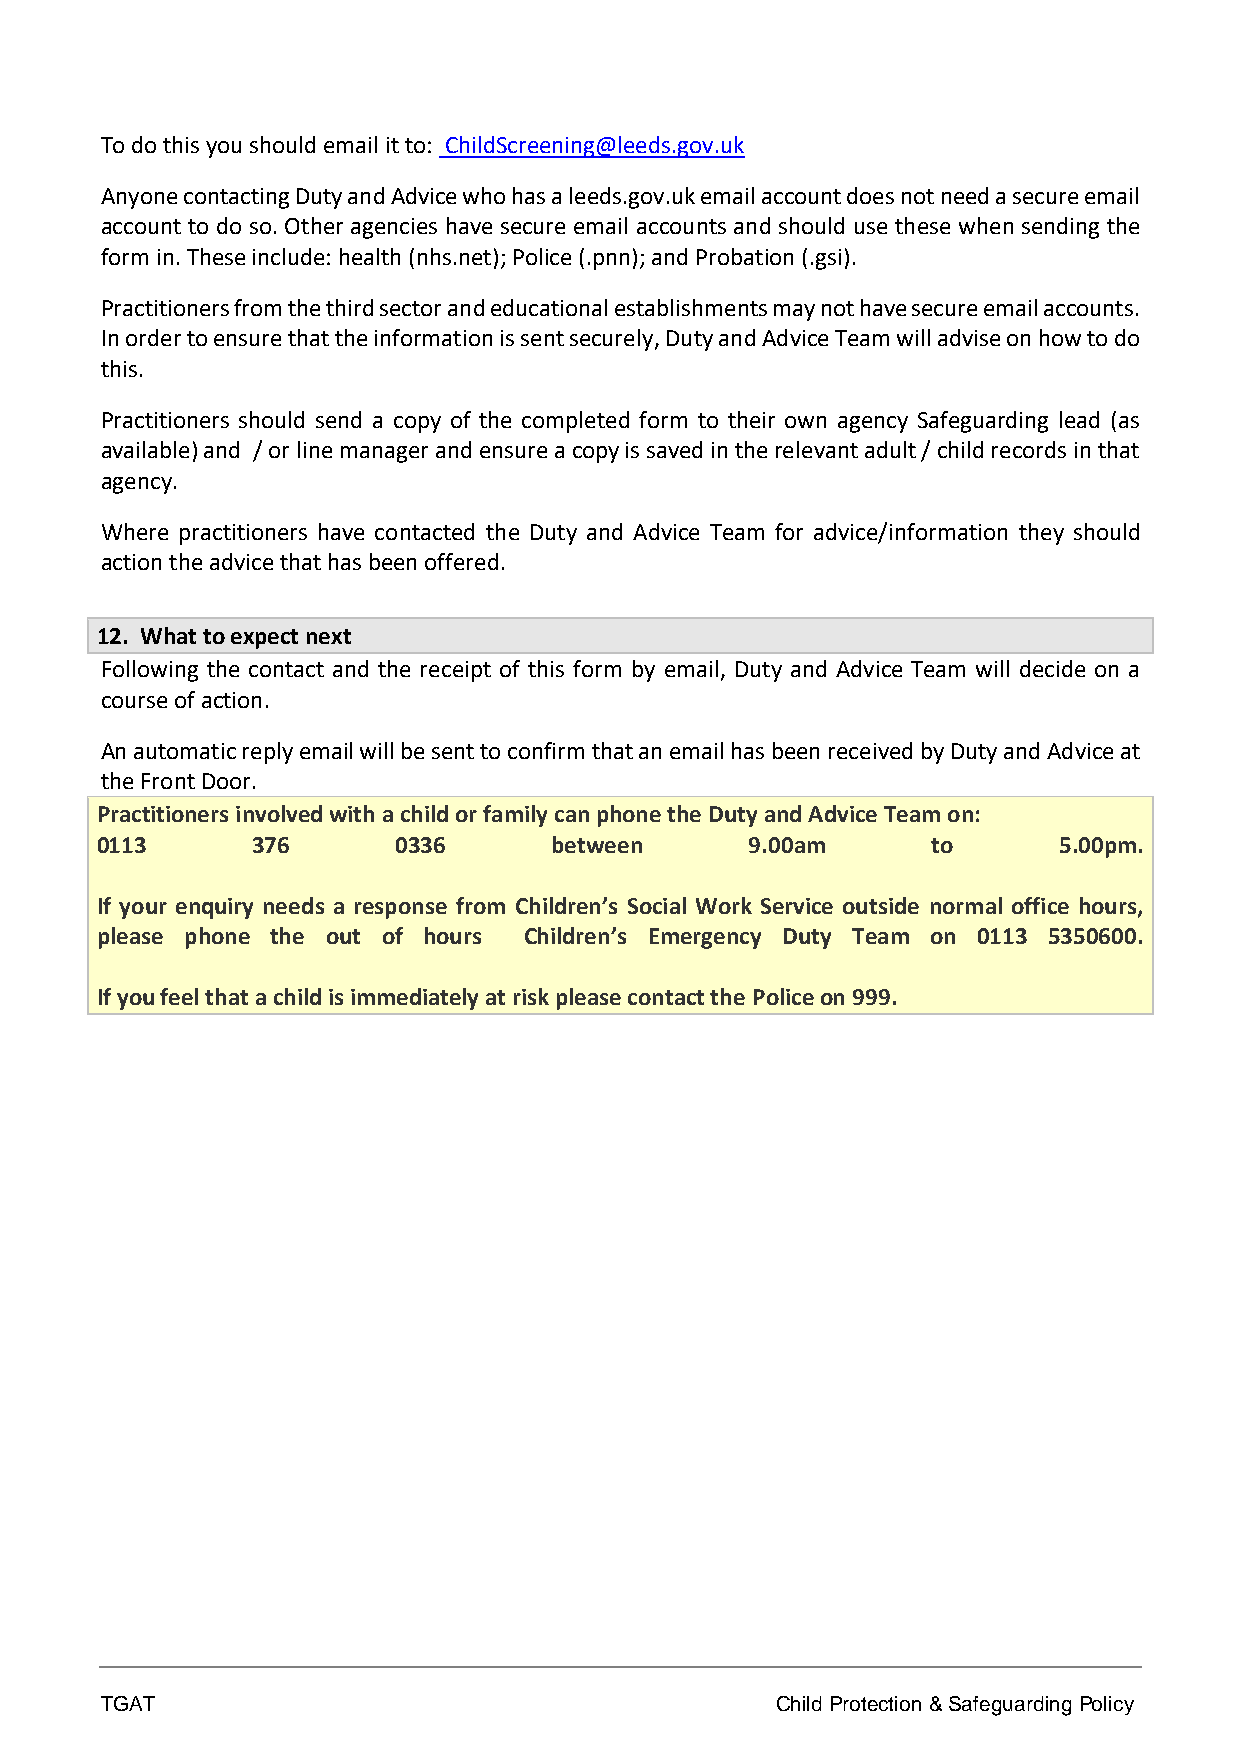
To do this you should email it to: ChildScreening@leeds.gov.uk
 Anyone contacting Duty and Advice who has a leeds.gov.uk email account does not need a secure email
 account to do so. Other agencies have secure email accounts and should use these when sending the
 form in. These include: health (nhs.net); Police (.pnn); and Probation (.gsi).
 Practitioners from the third sector and educational establishments may not have secure email accounts.
 In order to ensure that the information is sent securely, Duty and Advice Team will advise on how to do
 this.
 Practitioners should send a copy of the completed form to their own agency Safeguarding lead (as
 available) and / or line manager and ensure a copy is saved in the relevant adult / child records in that
 agency.
 Where practitioners have contacted the Duty and Advice Team for advice/information they should
 action the advice that has been offered.
 12. What to expect next
 Following the contact and the receipt of this form by email, Duty and Advice Team will decide on a
 course of action.
 An automatic reply email will be sent to confirm that an email has been received by Duty and Advice at
 the Front Door.
 Practitioners involved with a child or family can phone the Duty and Advice Team on:
 0113       376      0336       between      9.00am      to      5.00pm.
 If your enquiry needs a response from Children’s Social Work Service outside normal office hours,
 please phone the out of hours Children’s Emergency Duty Team on 0113 5350600.
 If you feel that a child is immediately at risk please contact the Police on 999.
 TGAT                                        Child Protection & Safeguarding Policy